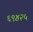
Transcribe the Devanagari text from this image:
६९४२५